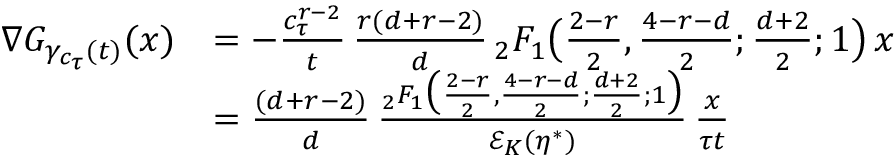
\begin{array} { r l } { \nabla G _ { \gamma _ { c _ { \tau } } ( t ) } ( x ) } & { = - \frac { c _ { \tau } ^ { r - 2 } } { t } \, \frac { r ( d + r - 2 ) } { d } \, { _ 2 F _ { 1 } } \big ( \frac { 2 - r } { 2 } , \frac { 4 - r - d } { 2 } ; \frac { d + 2 } { 2 } ; 1 \big ) \, x } \\ & { = \frac { ( d + r - 2 ) } { d } \, \frac { { _ 2 F _ { 1 } } \big ( \frac { 2 - r } { 2 } , \frac { 4 - r - d } { 2 } ; \frac { d + 2 } { 2 } ; 1 \big ) } { \mathcal E _ { K } ( \eta ^ { * } ) } \, \frac { x } { \tau t } } \end{array}